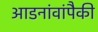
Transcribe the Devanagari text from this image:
आडनांवांपैकी